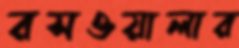
রসওয়ালার